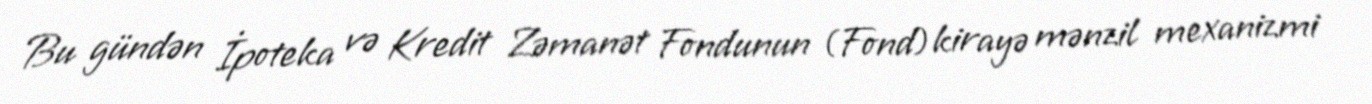
Bu gündən İpoteka və Kredit Zəmanət Fondunun (Fond) kirayə mənzil mexanizmi